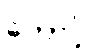
တောင့်